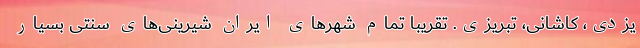
یزدی، کاشانی، تبریزی. تقریبا تمام شهرهای ایران شیرینی‌های سنتی بسیار